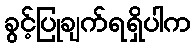
ခွင့်ပြုချက်ရရှိပါက